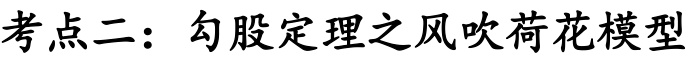
考点二：勾股定理之风吹荷花模型